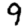
Digit: 9